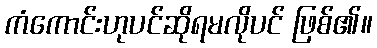
ကံကောင်းဟုပင်ဆိုရမလိုပင် ဖြစ်၏။